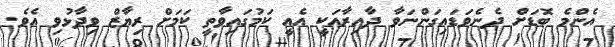
އެންމެ ބޮޑަށް ދެނެވަޑައިގަންނަވާ ދާއިރާއަކީ އެއީ ކަމުގައިވާތީ ކަމަށް ރިޔާޒް ވިދާޅުވި އެވެ.